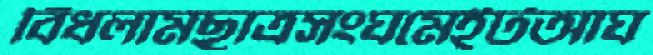
বিঁধলামছাত্রসংঘমেইটআঘ